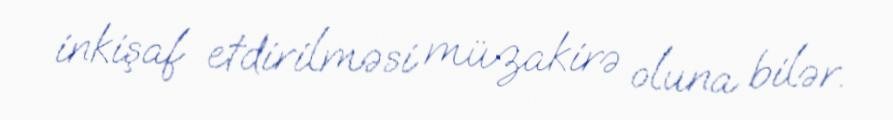
inkişaf etdirilməsi müzakirə oluna bilər.